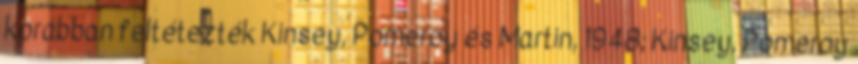
korábban feltétezték Kinsey, Pomeroy és Martin, 1948; Kinsey, Pomeroy